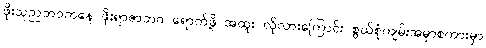
ဖိုးသုညဘဝကနေ ဖိုးရာဇာဘဝ ရောက်ဖို့ အထူး လိုလားကြောင်း စွယ်စုံကျမ်းအမှာစကားမှာ